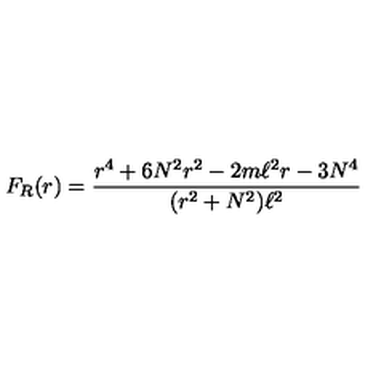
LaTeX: F _ { R } ( r ) = \frac { r ^ { 4 } + 6 N ^ { 2 } r ^ { 2 } - 2 m \ell ^ { 2 } r - 3 N ^ { 4 } } { ( r ^ { 2 } + N ^ { 2 } ) \ell ^ { 2 } }